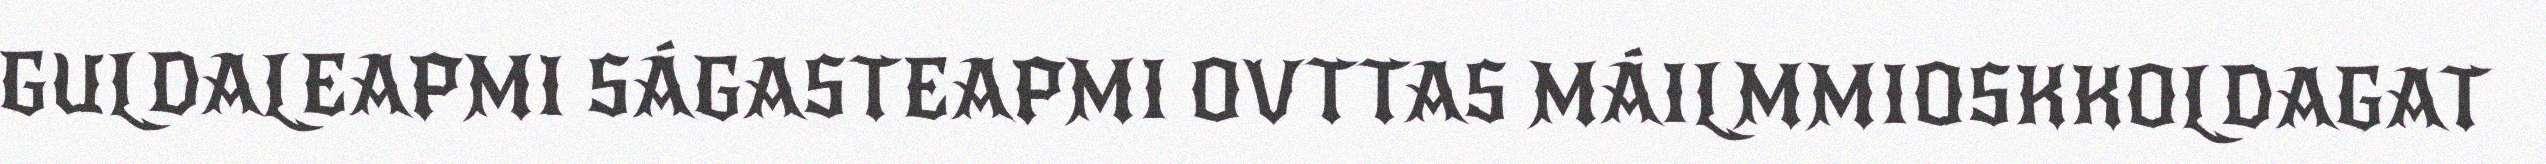
GULDALEAPMI SÁGASTEAPMI OVTTAS MÁILMMIOSKKOLDAGAT